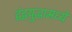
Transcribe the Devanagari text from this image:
द्वंद्वयुद्धामध्ये